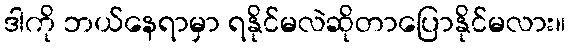
ဒါကို ဘယ်နေရာမှာ ရနိုင်မလဲဆိုတာပြောနိုင်မလား။